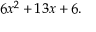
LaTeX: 6 x ^ { 2 } + 1 3 x + 6 .